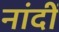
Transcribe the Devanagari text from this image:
नांदीं